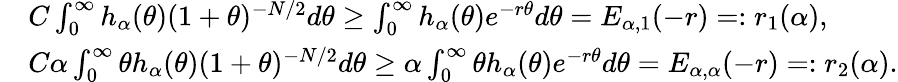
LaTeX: \begin{array}{rl}&{C\int_{0}^{\infty}h_{\alpha}(\theta)(1+\theta)^{-N/2}d\theta\ge\int_{0}^{\infty}h_{\alpha}(\theta)e^{-r\theta}d\theta=E_{\alpha,1}(-r)=:r_{1}(\alpha),}\\ &{C\alpha\int_{0}^{\infty}\theta h_{\alpha}(\theta)(1+\theta)^{-N/2}d\theta\ge\alpha\int_{0}^{\infty}\theta h_{\alpha}(\theta)e^{-r\theta}d\theta=E_{\alpha,\alpha}(-r)=:r_{2}(\alpha).}\end{array}